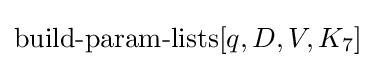
\operatorname {build-param-lists} [q,D,V,K_{7}]